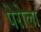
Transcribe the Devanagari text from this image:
पेरोला